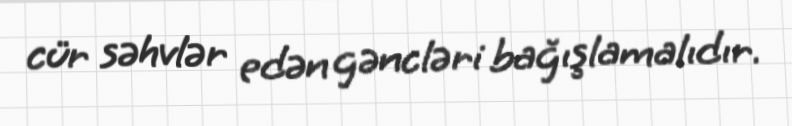
cür səhvlər edən gəncləri bağışlamalıdır.